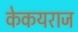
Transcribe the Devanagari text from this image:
केकयराज